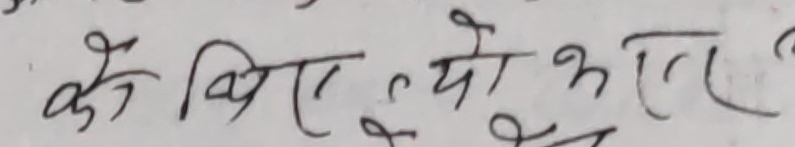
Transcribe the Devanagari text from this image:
के लिए क्यों भरें ?